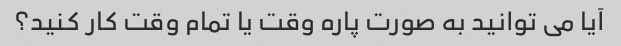
آیا می توانید به صورت پاره وقت یا تمام وقت کار کنید؟